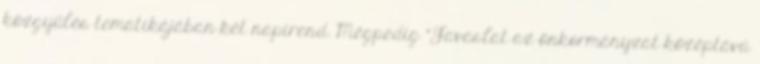
közgyűlés tematikájában két napirend. Mégpedig “Javaslat az önkormányzat középtávú